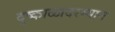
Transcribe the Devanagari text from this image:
दुष्काळादरम्यान